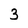
Character: 3